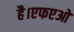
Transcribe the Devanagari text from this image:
है।एफएओ